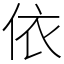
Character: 依